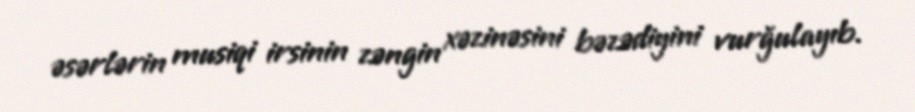
əsərlərin musiqi irsinin zəngin xəzinəsini bəzədiyini vurğulayıb.